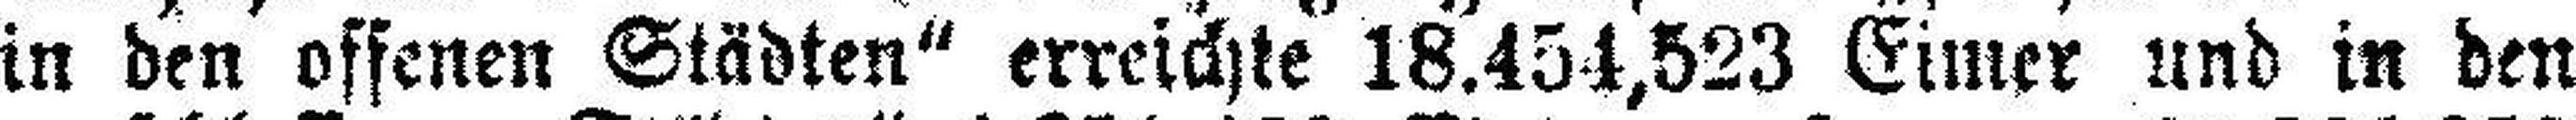
in den offenen Städten“ erreichte 18.454,523 Eimer und in den